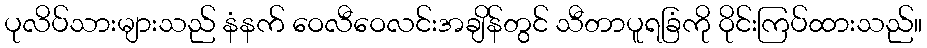
ပုလိပ်သားများသည် နံနက် ဝေလီဝေလင်းအချိန်တွင် သီတာပူရခြံကို ဝိုင်းကြပ်ထားသည်။